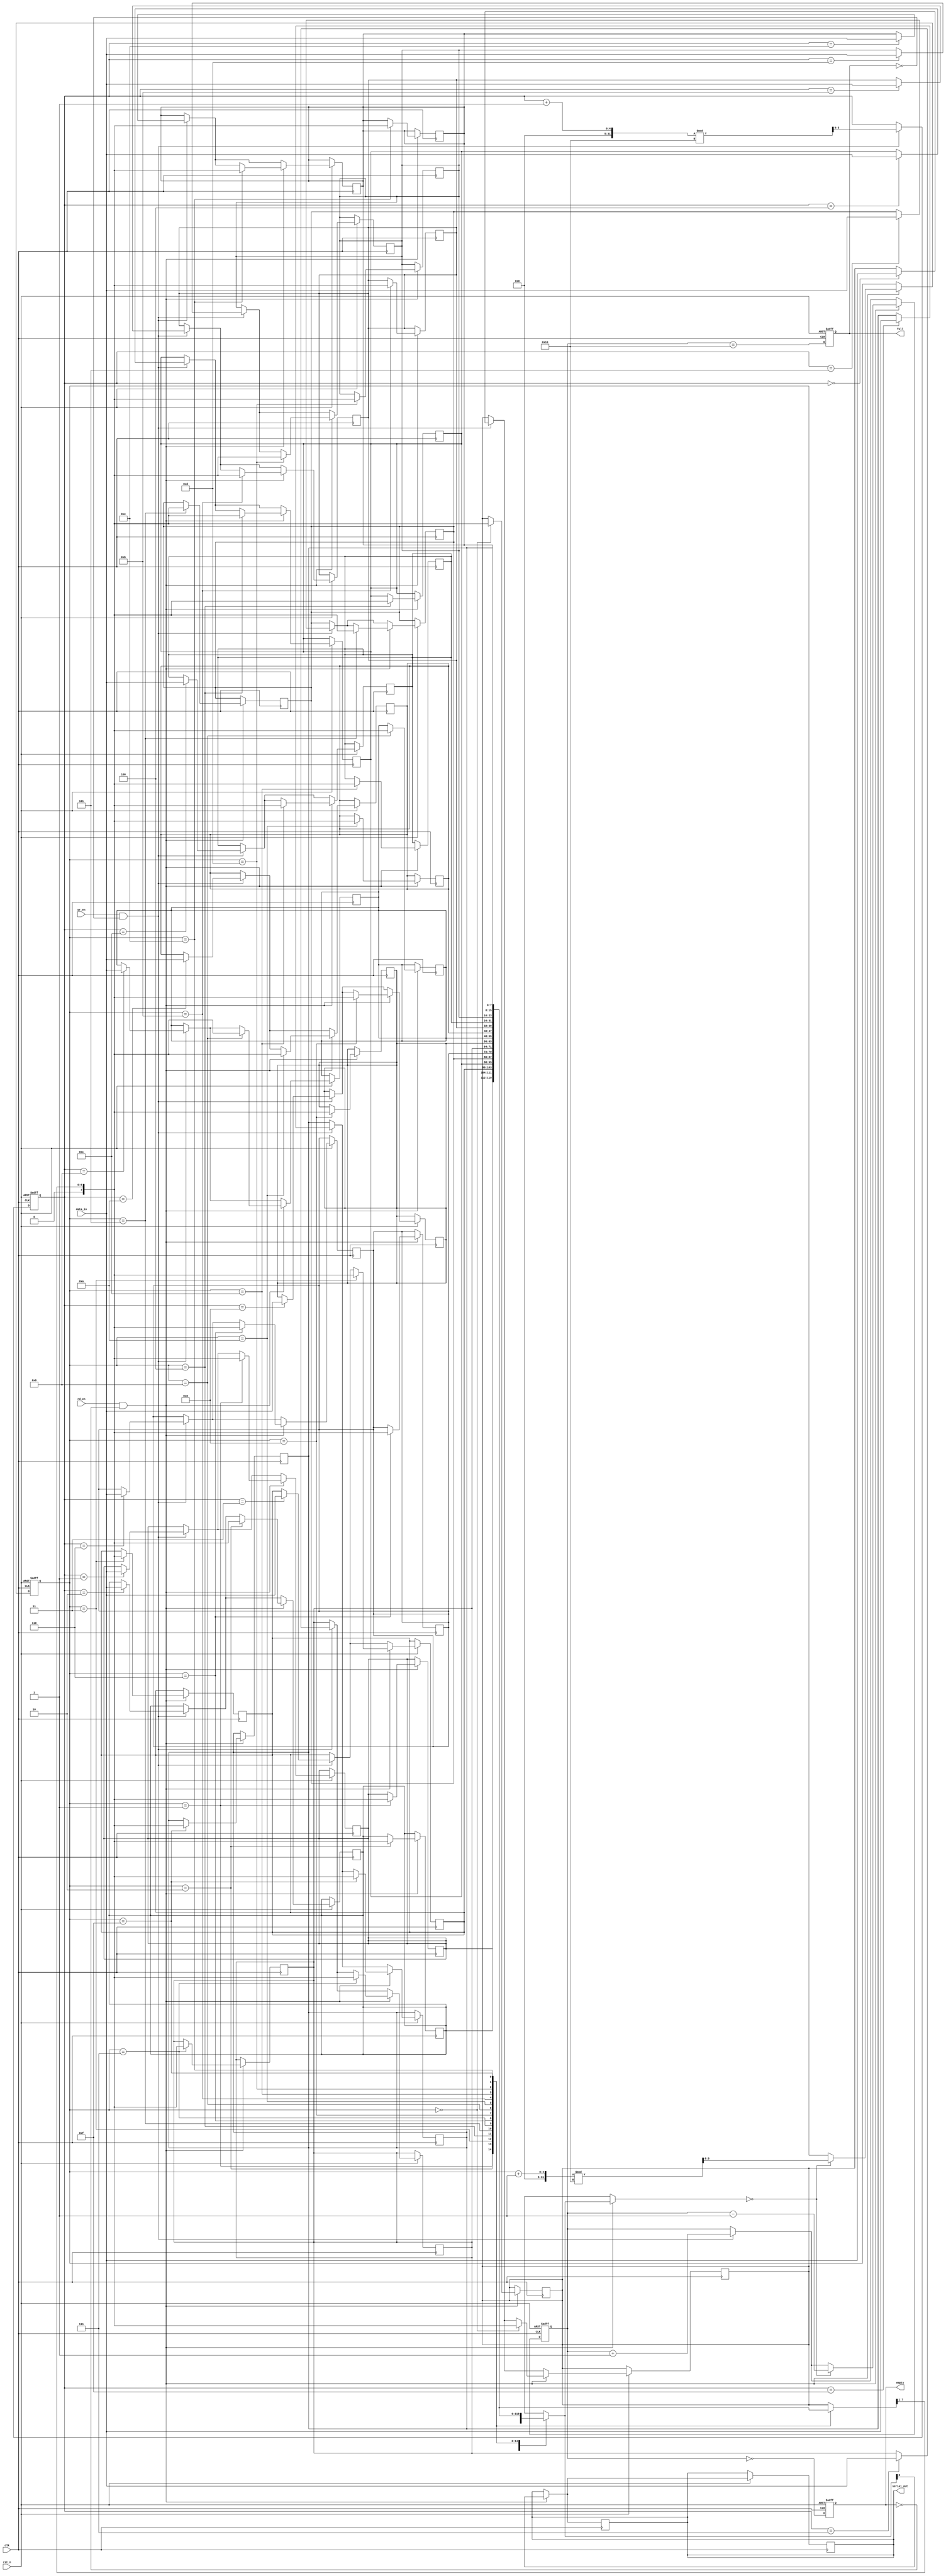
module fifo_piso #(
    parameter DATA_WIDTH = 8,   // Width of the data
    parameter FIFO_DEPTH = 16    // Depth of the FIFO
) (
    input wire clk,              // Clock signal
    input wire rst_n,            // Asynchronous reset (active low)
    input wire wr_en,            // Write Enable
    input wire rd_en,            // Read Enable
    input wire [DATA_WIDTH-1:0] data_in, // Parallel data input
    output reg serial_out,       // Serial output
    output reg full,             // FIFO full flag
    output reg empty             // FIFO empty flag
);

    // Internal registers
    reg [DATA_WIDTH-1:0] fifo_mem [0:FIFO_DEPTH-1]; // FIFO memory
    reg [3:0] wr_ptr;                         // Write pointer
    reg [3:0] rd_ptr;                         // Read pointer
    reg [4:0] count;                          // Count of elements in FIFO

    // Asynchronous reset and FIFO control
    always @(posedge clk or negedge rst_n) begin
        if (!rst_n) begin
            wr_ptr <= 0;
            rd_ptr <= 0;
            count <= 0;
            full <= 0;
            empty <= 1;
        end else begin
            // Write operation
            if (wr_en && !full) begin
                fifo_mem[wr_ptr] <= data_in; // Store data
                wr_ptr <= (wr_ptr + 1) % FIFO_DEPTH; // Circular increment
                count <= count + 1;
            end

            // Read operation
            if (rd_en && !empty) begin
                serial_out <= fifo_mem[rd_ptr][0]; // Shift out the LSB
                fifo_mem[rd_ptr] <= {1'b0, fifo_mem[rd_ptr][DATA_WIDTH-1:1]}; // Shift left
                if (fifo_mem[rd_ptr] == 0) begin
                    rd_ptr <= (rd_ptr + 1) % FIFO_DEPTH; // Circular increment
                    count <= count - 1;
                end
            end
            
            // Update full and empty flags
            full <= (count == FIFO_DEPTH);
            empty <= (count == 0);
        end
    end

    // Output control logic to shift out data serially
    always @(posedge clk) begin
        if (rd_en && !empty) begin
            serial_out <= fifo_mem[rd_ptr][0]; // Output the least significant bit
            fifo_mem[rd_ptr] <= {1'b0, fifo_mem[rd_ptr][DATA_WIDTH-1:1]}; // Shift left
        end
    end

endmodule